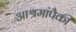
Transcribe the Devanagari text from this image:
आश्रमांपैकी